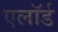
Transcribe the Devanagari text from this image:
एलॉर्ड